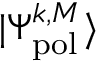
\vert \Psi _ { \mathrm { p o l } } ^ { k , M } \rangle